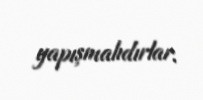
yapışmalıdırlar.